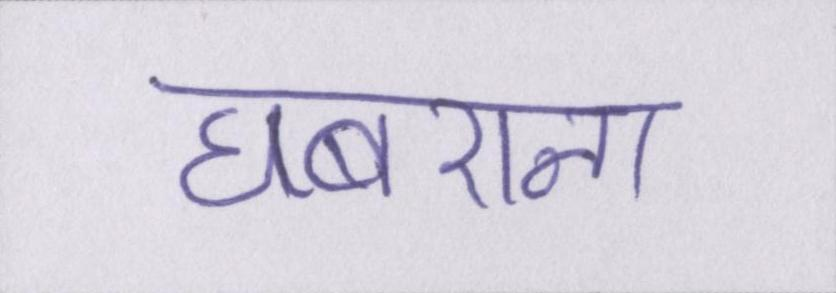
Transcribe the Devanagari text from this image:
घबराना